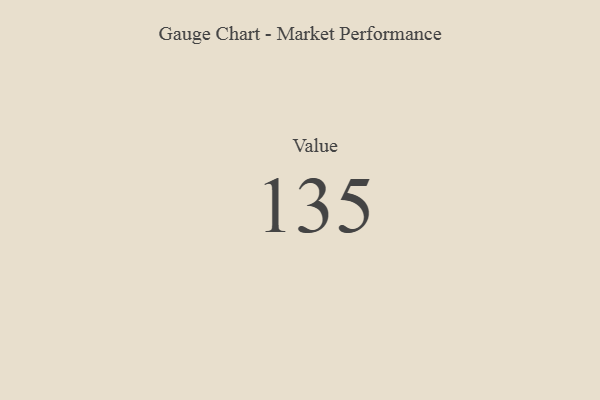
{"axis": {"x": "Metric", "y": "Value"}, "legend": [""], "data": [{"x": "Value", "y": 135, "type": ""}]}